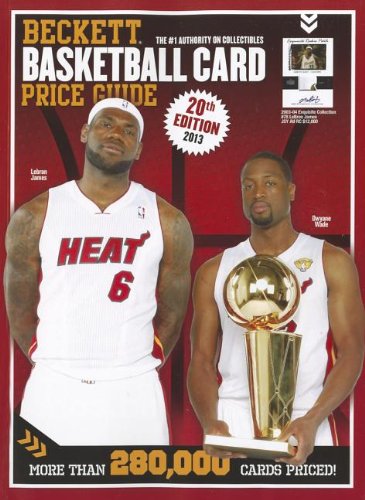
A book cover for Beckett Basketball Card Price Guide Number 20; Crafts, Hobbies & Home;